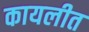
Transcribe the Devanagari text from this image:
कायलीत